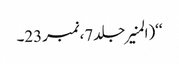
‘‘(المنیرجلد7،نمبر23۔